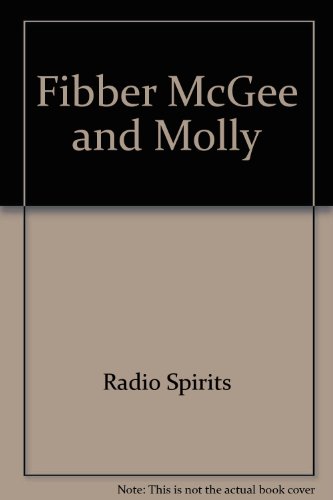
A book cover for Fibber McGee and Molly, Vol. 3; Inc. Radio Spirits; Humor & Entertainment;